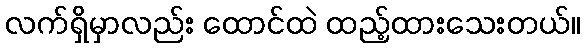
လက်ရှိမှာလည်း ထောင်ထဲ ထည့်ထားသေးတယ်။